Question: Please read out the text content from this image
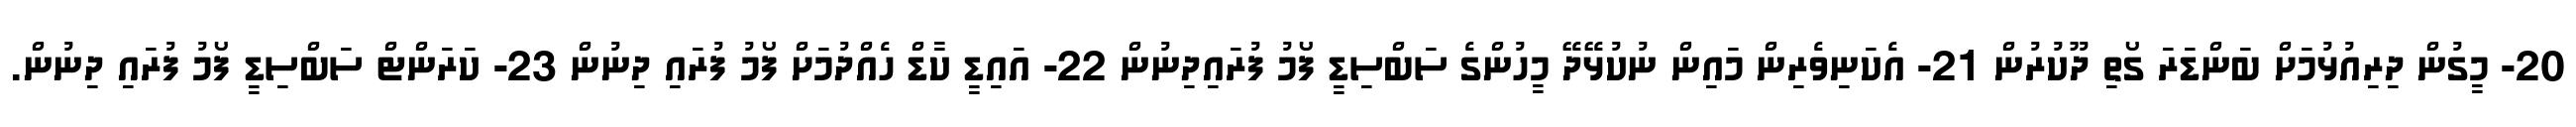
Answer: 20- މީގުން ދިރިއުޅުމަށް ބަންޑަރަ ގޯތި ދޫކުރުން 21- އެކަނިވެރިން މައިން ނުކުޅޭދޭ މީހުންގެ ސަބްސިޑީ ފޯމު ފުރައިދިނުން 22- އައިޑީ ކާޑް ހެއްދުމަށް ފޯމު ފުރައި ދިނުން 23- ކަރަންޓް ސަބްސިޑީ ފޯމު ފުރައި ދިނުން.